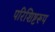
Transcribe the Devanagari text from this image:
परिशिष्टरूप